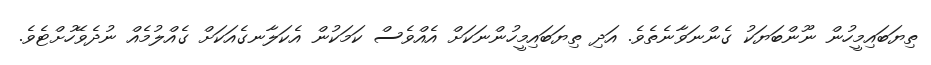
ތިޔަބައިމީހުން ނޫންބަޔަކު ގެންނަވާނެތެވެ. އަދި ތިޔަބައިމީހުންނަކަށް އެއްވެސް ކަމަކުން އެކަލާނގެއަކަށް ގެއްލުމެއް ނުދެވޭހުށްޓެވެ.